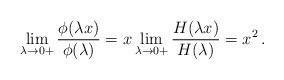
LaTeX: \begin{align*} \lim\limits_{\lambda\to 0+}\frac{\phi(\lambda x)}{\phi(\lambda)}=x\lim\limits_{\lambda\to 0+}\frac{H(\lambda x)}{H(\lambda)}=x^2\,.\end{align*}